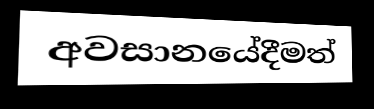
අවසානයේදීමත්